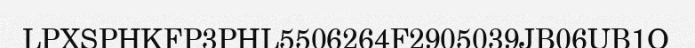
LPXSPHKFP3PHL5506264F2905039JB06UB1O